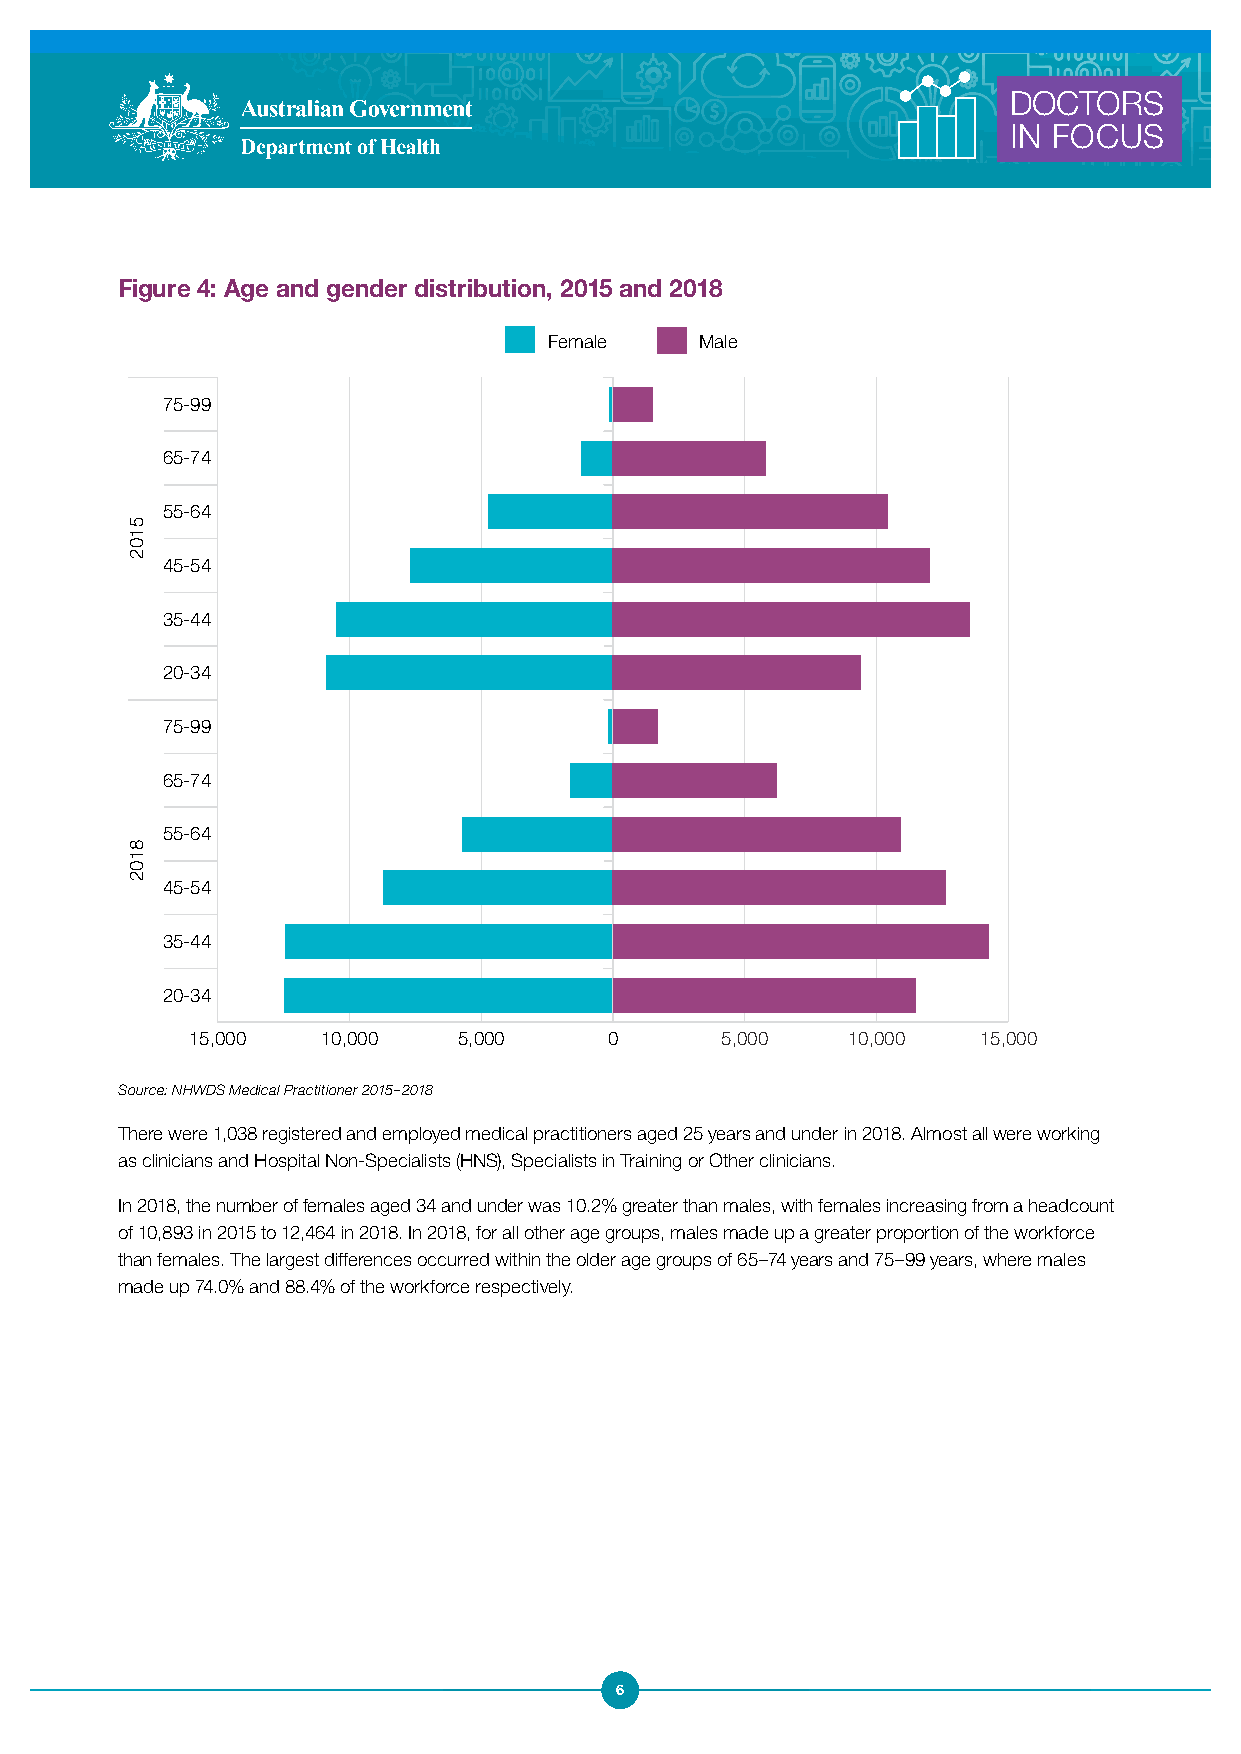
DOCTORS
 IN FOCUS
 Figure 4: Age and gender distribution, 2015 and 2018
 Female    Male
 75-99
 65-74
 55-64
 45-54
 35-44
 20-34
 75-99
 65-74
 55-64
 45-54
 35-44
 20-34
 15,000   10,000   5,000     0       5,000   10,000   15,000
 Source: NHWDS Medical Practitioner 2015–2018
 There were 1,038 registered and employed medical practitioners aged 25 years and under in 2018. Almost all were working
 as clinicians and Hospital Non-Specialists (HNS), Specialists in Training or Other clinicians.
 In 2018, the number of females aged 34 and under was 10.2% greater than males, with females increasing from a headcount
 of 10,893 in 2015 to 12,464 in 2018. In 2018, for all other age groups, males made up a greater proportion of the workforce
 than females. The largest differences occurred within the older age groups of 65–74 years and 75–99 years, where males
 made up 74.0% and 88.4% of the workforce respectively.
 6
 5102
 8102